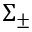
\Sigma _ { \pm }